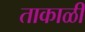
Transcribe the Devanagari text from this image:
ताकाळी